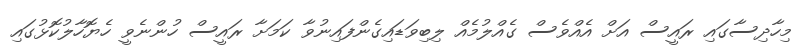
މިހާދިސާގައި ރައީސް އަށް އެއްވެސް ގެއްލުމެއް ލިބިވަޑައިގެންފައިނުވާ ކަމަށާ ރައީސް ހުންނެވީ ހެޔޮހާލުކޮޅުގައި